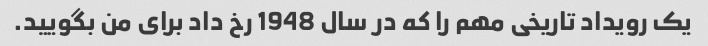
یک رویداد تاریخی مهم را که در سال 1948 رخ داد برای من بگویید.